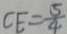
C E = \frac { 5 } { 4 }